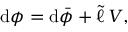
\begin{array} { r } { \mathrm { d } \phi = \mathrm { d } \bar { \phi } + \tilde { \ell } \, V , } \end{array}